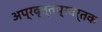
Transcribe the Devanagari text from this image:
अप्रवृत्तप्रवर्तक